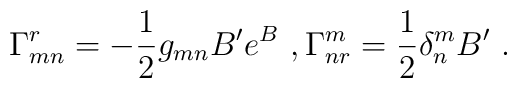
\Gamma_{mn}^r = -\frac{1}{2}g_{mn}B'e^B~,\Gamma_{n r}^m=  \frac{1}{2}\delta^m_n B'~.